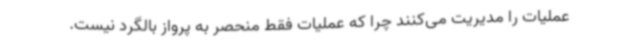
عملیات را مدیریت می‌کنند چرا که عملیات فقط منحصر به پرواز بالگرد نیست.